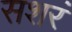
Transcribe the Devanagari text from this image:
सशरं